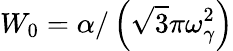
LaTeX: W_{0}=\alpha/\left(\sqrt{3}\pi\omega_{\gamma}^{2}\right)